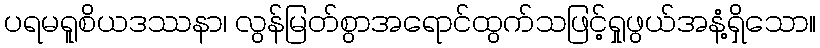
ပရမရူစိယဒဿနာ၊ လွန်မြတ်စွာအရောင်ထွက်သဖြင့်ရှုဖွယ်အနံ့ရှိသော။